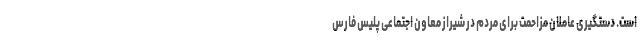
است. دستگیری عاملان مزاحمت برای مردم در شیراز معاون اجتماعی پلیس فارس